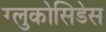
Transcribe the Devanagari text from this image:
ग्लुकोसिडेस